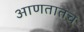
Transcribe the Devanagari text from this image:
आणतातच